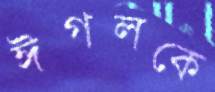
ঈগলকে